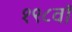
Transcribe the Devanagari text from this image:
१९८वॉ